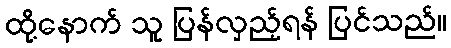
ထို့နောက် သူ ပြန်လှည့်ရန် ပြင်သည်။